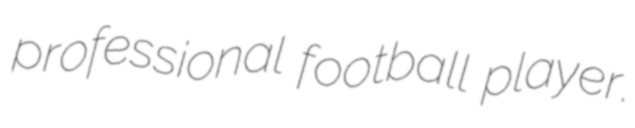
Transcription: professional football player.